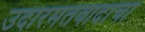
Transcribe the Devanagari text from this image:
उदारमतवादाचा